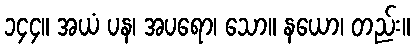
၁၄၄။ အယံ ပန၊ အပရော၊ သော။ နယော၊ တည်း။